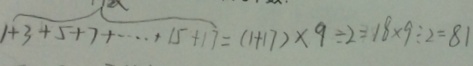
1 + 3 + 5 + 7 + \cdots + 1 5 + 1 7 = ( 1 + 1 7 ) \times 9 \div 2 = 1 8 \times 9 \div 2 = 8 1